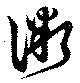
微